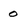
Character: 0